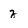
Character: z